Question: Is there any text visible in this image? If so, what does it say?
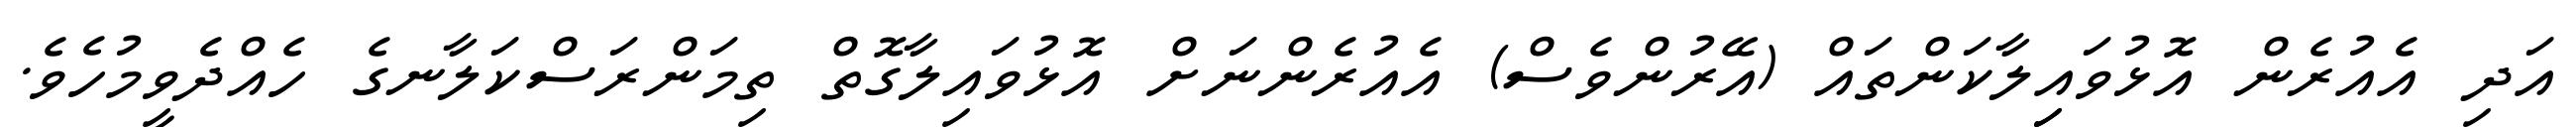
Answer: އަދި އެއުރެން އޮޅުވައިިލާކަންތައް (އޭރުންވެސް) އެއުރެންނަށް އޮޅުވައިލާގޮތް ތިމަންރަސްކަލާނގެ ހެއްދެވީމުހެވެ.